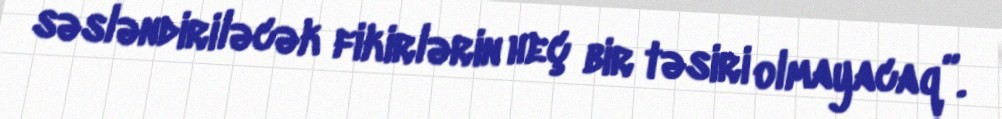
səsləndiriləcək fikirlərin heç bir təsiri olmayacaq”.